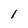
Character: 1